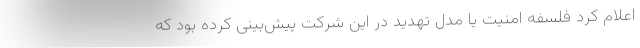
اعلام کرد فلسفه امنیت یا مدل تهدید در این شرکت پیش‌بینی کرده بود که